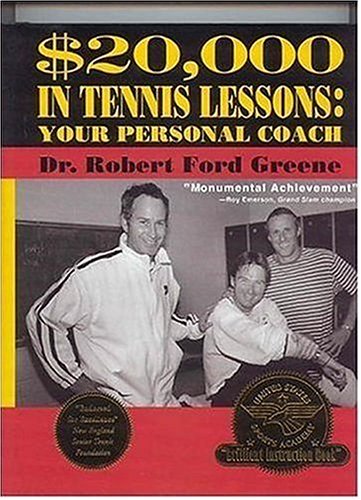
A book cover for $20,000  in Tennis Lessons: Your Personal Coach; Robert Greene; Sports & Outdoors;